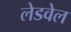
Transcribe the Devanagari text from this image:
लेडवेल